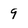
Character: 9